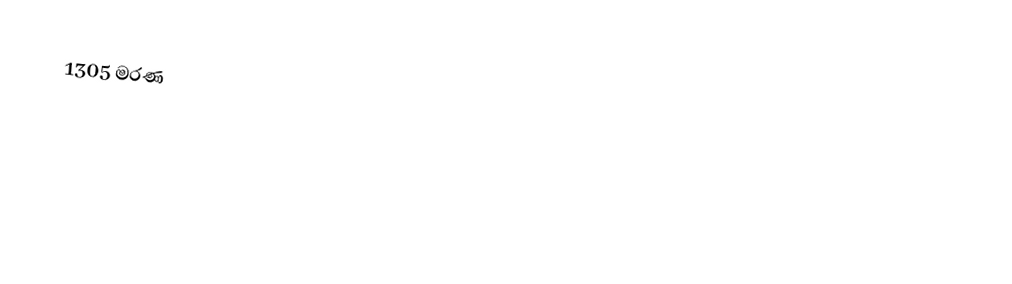
1305 මරණ